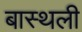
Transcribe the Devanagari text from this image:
बास्थली